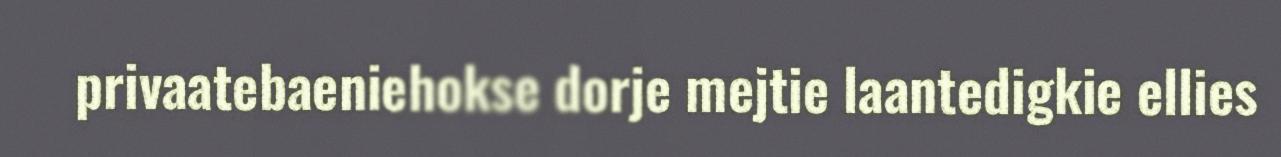
privaatebaeniehokse dorje mejtie laantedigkie ellies